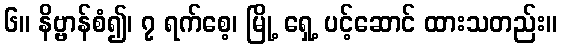
၆။ နိဗ္ဗာန်စံ၍၊ ၇ ရက်စေ့၊ မြို့ ရှေ့ ပင့်ဆောင် ထားသတည်း။